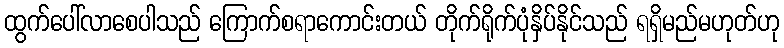
ထွက်ပေါ်လာစေပါသည် ကြောက်စရာကောင်းတယ် တိုက်ရိုက်ပုံနှိပ်နိုင်သည် ရရှိမည်မဟုတ်ဟု